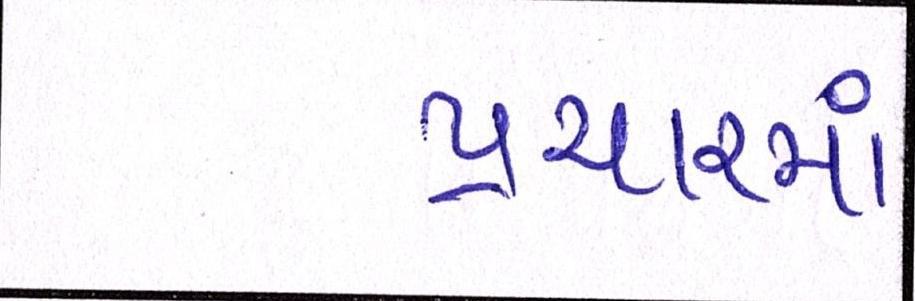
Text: પ્રચારમાં